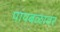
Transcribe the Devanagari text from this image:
पायबळावर